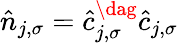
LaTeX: \hat{n}_{j,\sigma}=\hat{c}_{j,\sigma}^{\dag}\hat{c}_{j,\sigma}